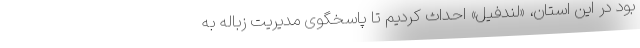
بود در این استان، «لندفیل» احداث کردیم تا پاسخگوی مدیریت زباله به